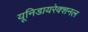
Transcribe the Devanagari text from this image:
यूनिडायरेक्शनल